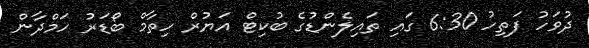
ދުވަހު ފަތިހު 6:30 ގައި ތައިލެންޑުގެ ބުކިޓް އަޔުރް ހިތާމް ބޯޑަރު ހަމްދާން